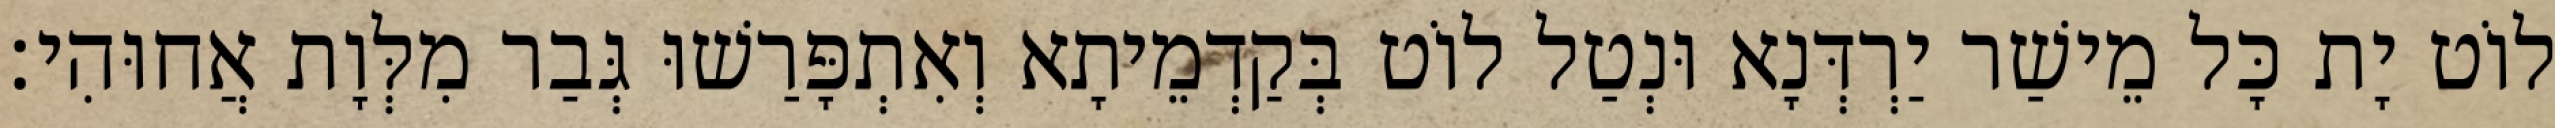
לוֹט יָת כָּל מֵישַׁר יַרְדְּנָא וּנְטַל לוֹט בְּקַדְמֵיתָא וְאִתְפָּרַשׁוּ גְּבַר מִלְּוָת אֲחוּהִי׃